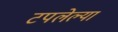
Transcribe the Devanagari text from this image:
टपलेल्या